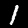
Label: 1